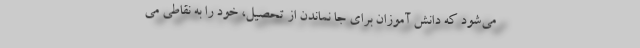
می‌شود که دانش آموزان برای جا نماندن از تحصیل، خود را به نقاطی می